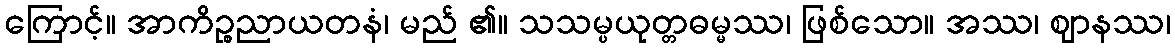
ကြောင့်။ အာကိဉ္စညာယတနံ၊ မည် ၏။ သသမ္ပယုတ္တဓမ္မဿ၊ ဖြစ်သော။ အဿ၊ ဈာနဿ၊